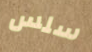
سلس